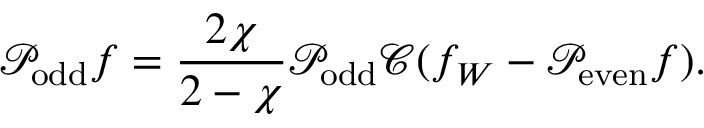
\mathcal { P } _ { \mathrm { o d d } } f = \frac { 2 \chi } { 2 - \chi } \mathcal { P } _ { \mathrm { o d d } } \mathcal { C } ( f _ { W } - \mathcal { P } _ { \mathrm { e v e n } } f ) .